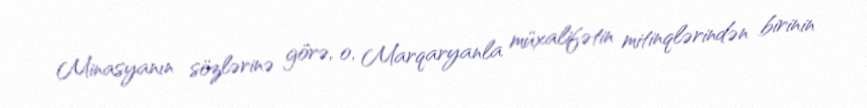
Minasyanın sözlərinə görə, o, Marqaryanla müxalifətin mitinqlərindən birinin